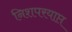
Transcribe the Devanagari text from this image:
निशपरयाप्त